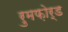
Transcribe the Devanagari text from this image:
रुमफ़ोर्ड